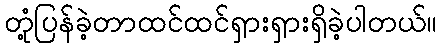
တုံ့ပြန်ခဲ့တာထင်ထင်ရှားရှားရှိခဲ့ပါတယ်။